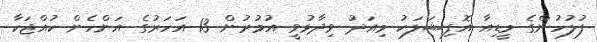
ފުލުހުންގެ މީޑިއާ އޮފިޝަލަކު މިއަދު ވިދާޅުވީ އުމުރުން 13 އަހަރުގެ އަންހެން ކުއްޖަކާ